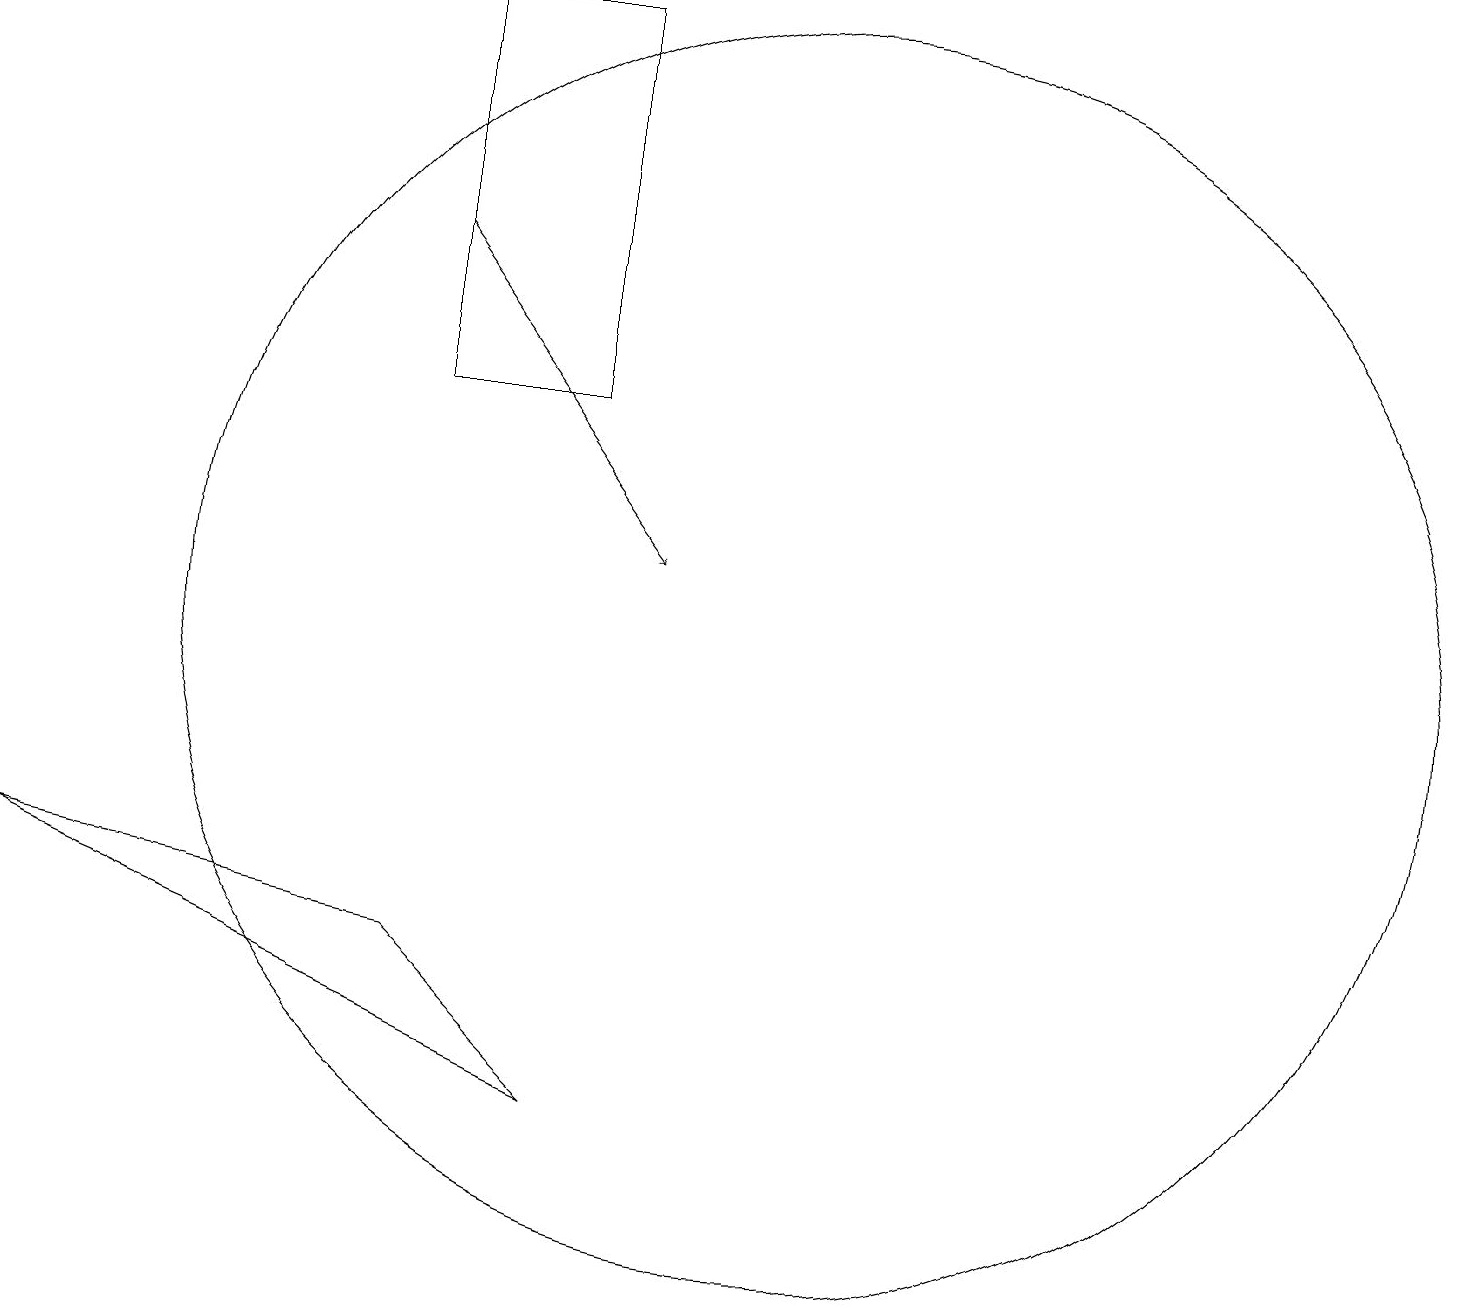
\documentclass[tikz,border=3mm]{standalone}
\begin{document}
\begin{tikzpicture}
\draw (10,10) circle (8);
\draw[->] (5,15) -- (8,11);
\draw (5,6) -- (0,7) -- (7,4) -- cycle;
\draw (7,13) rectangle (5,18);
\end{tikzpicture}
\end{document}